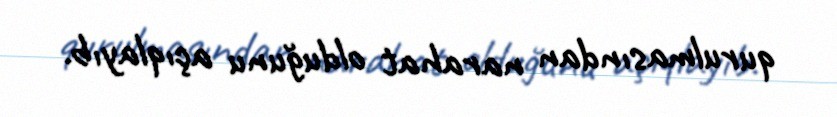
qurulmasından narahat olduğunu açıqlayıb.